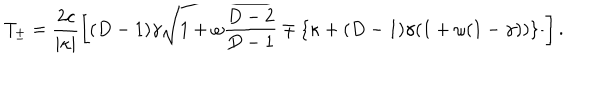
LaTeX: T _ { \pm } = \frac { 2 c } { \mid \kappa \mid } \left[ ( D - 1 ) \gamma \sqrt { 1 + \omega \frac { D - 2 } { D - 1 } } \mp \{ \kappa + ( D - 1 ) \gamma ( 1 + \omega ( 1 - \gamma ) ) \} \frac { } { } \right] .